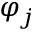
\varphi _ { j }